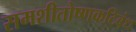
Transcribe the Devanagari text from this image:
समशीतोष्णकटिबंध